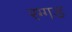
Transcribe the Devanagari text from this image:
रग्गड